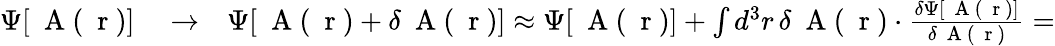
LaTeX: \begin{array}{rlr}{\Psi[\mathrm{~\mathbf~A~}(\mathrm{~\mathbf~r~})]}&{{}\to}&{\Psi[\mathrm{~\mathbf~A~}(\mathrm{~\mathbf~r~})+\delta\mathrm{~\mathbf~A~}(\mathrm{~\mathbf~r~})]\approx\Psi[\mathrm{~\mathbf~A~}(\mathrm{~\mathbf~r~})]+\int d^{3}r\, \delta\mathrm{~\mathbf~A~}(\mathrm{~\mathbf~r~})\cdot\frac{\delta\Psi[\mathrm{~\mathbf~A~}(\mathrm{~\mathbf~r~})]}{\delta\mathrm{~\mathbf~A~}(\mathrm{~\mathbf~r~})}=}\end{array}